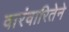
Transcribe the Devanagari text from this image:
वारंवारितेने